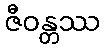
ဇီဝန္တဿ